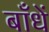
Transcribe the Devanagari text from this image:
बाँधें